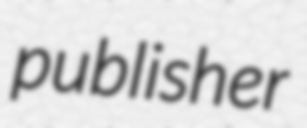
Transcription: publisher